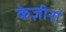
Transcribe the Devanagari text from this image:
केज़ीरा